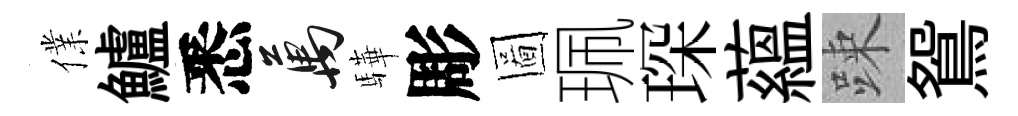
㒒鱸悉萬驊彫圖珮琛藴踈鴛